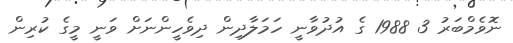
ނޮވެމްބަރު 3 1988 ގެ އުދުވާނީ ހަމަލާދިން ދިވެހީންނަށް ވަނީ މީގެ ކުރިން